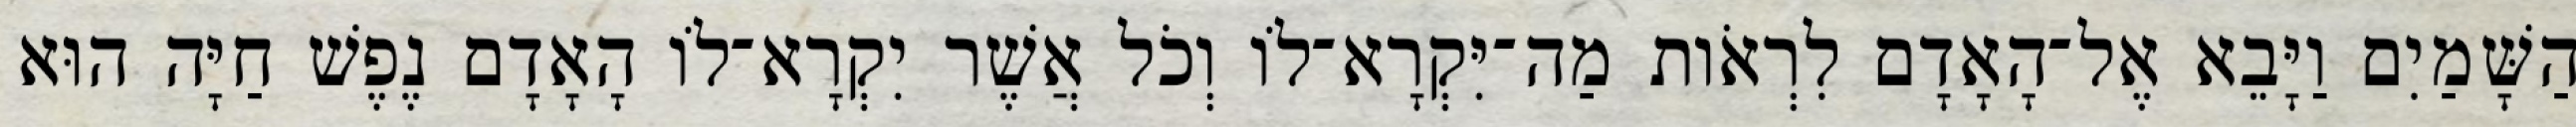
הַשָּׁמַיִם וַיָּבֵא אֶל־הָאָדָם לִרְאֹות מַה־יִּקְרָא־לֹו וְכֹל אֲשֶׁר יִקְרָא־לֹו הָאָדָם נֶפֶשׁ חַיָּה הוּא